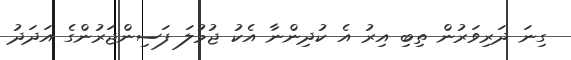
ގިނަ ދަރިވަރުން ތިބި އިރު އެ ކުދިންނާ އެކު ޖުމުލަ ފަސިންޖަރުންގެ އަދަދު